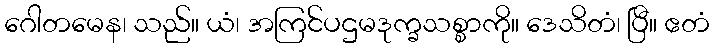
ဂေါတမေန၊ သည်။ ယံ၊ အကြင်ပဌမဒုက္ခသစ္စာကို။ ဒေသိတံ၊ ပြီ။ ဧတံ